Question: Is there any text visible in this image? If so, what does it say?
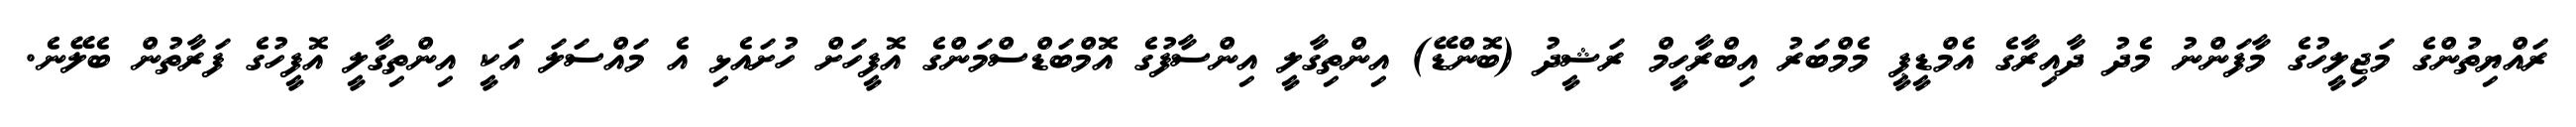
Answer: ރައްޔިތުންގެ މަޖިލީހުގެ މާފަންނު މެދު ދާއިރާގެ އެމްޑީޕީ މެމްބަރު އިބްރާހީމް ރަޝީދު (ބޮންޑޭ) އިންތިގާލީ އިންސާފުގެ އޮމްބަޑްސްމަންގެ އޮފީހަށް ހުށައެޅި އެ މައްސަލަ އަކީ އިންތިގާލީ އޮފީހުގެ ފަރާތުން ބެލޭނެ.